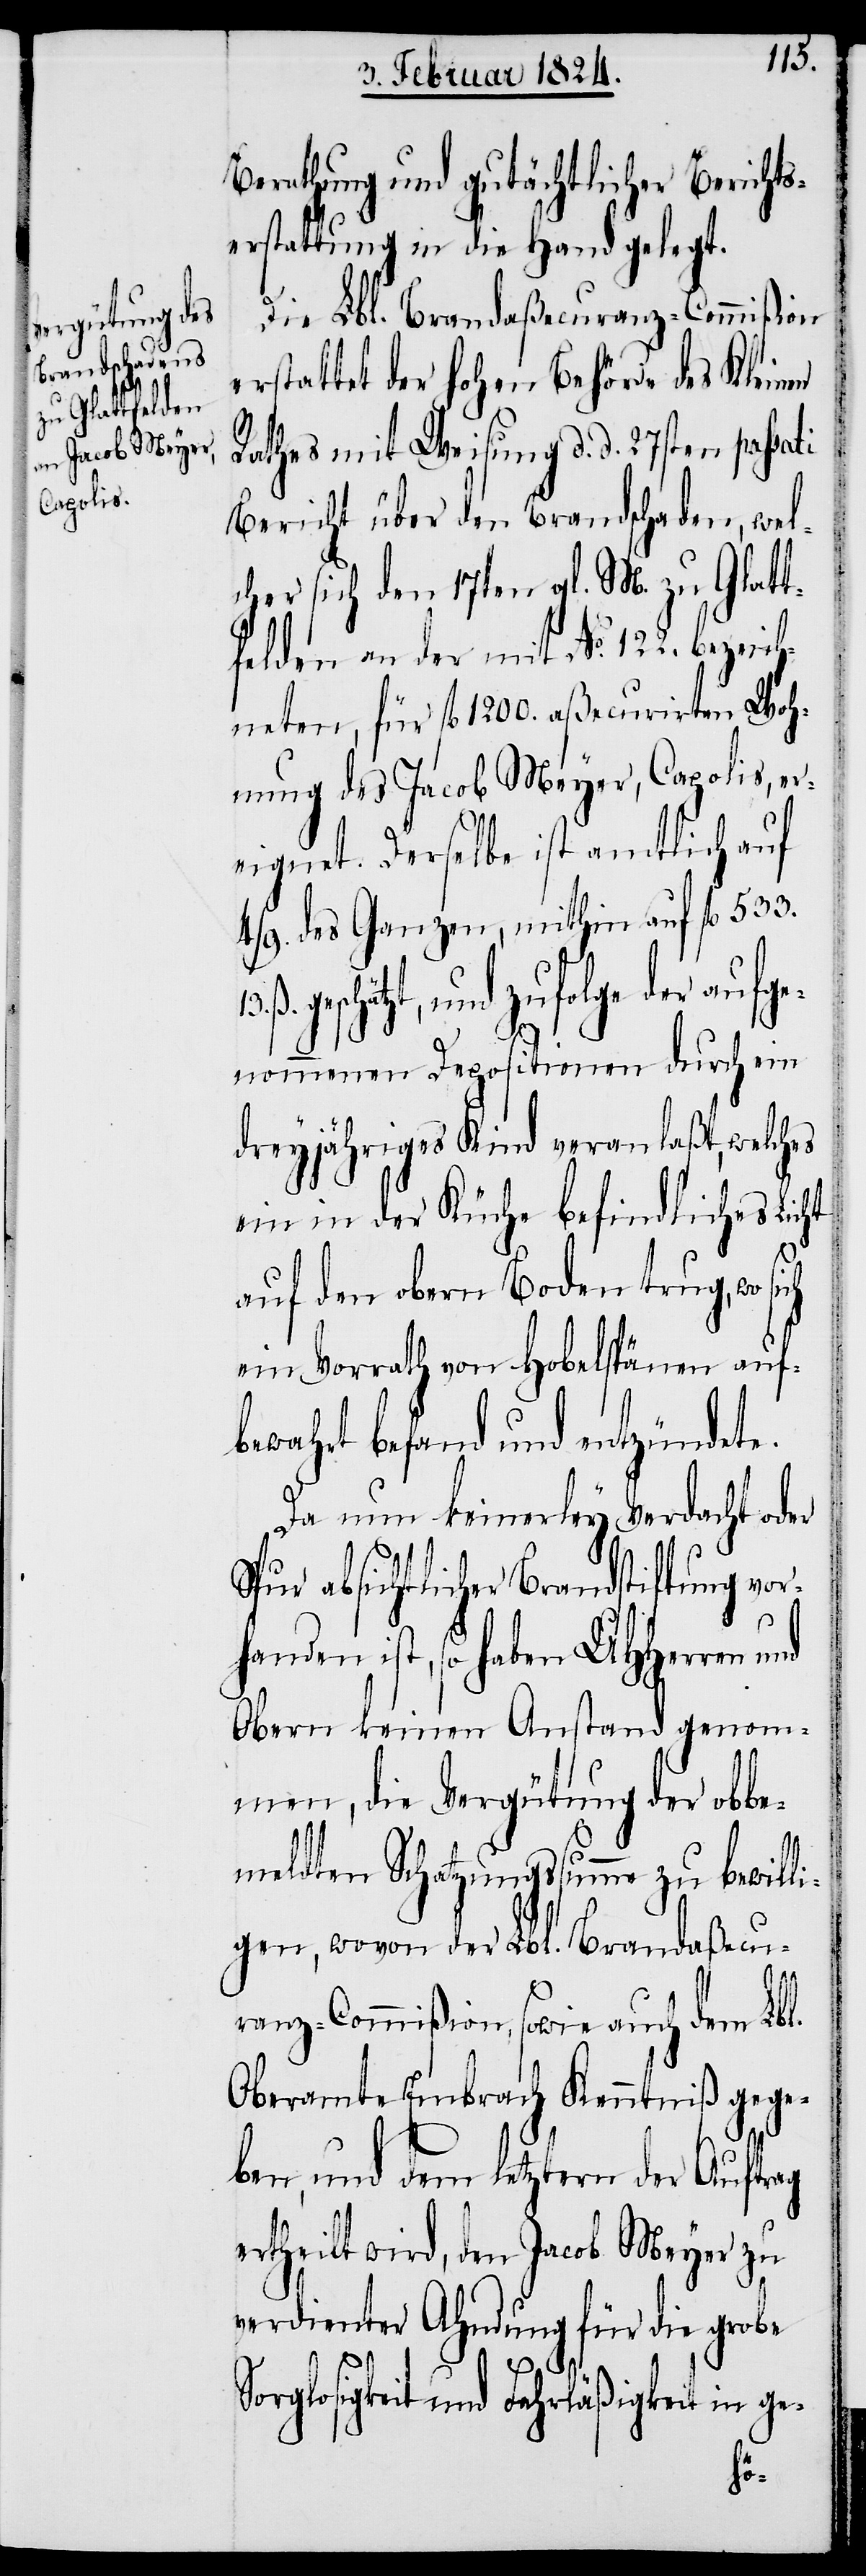
13.
Berathung und gutächtlicher Berichts¬
erstattung in die Hand gelegt.
Die Lbl. Brandaßecuranz-Commißion
erstattet der hohen Behörde des Kleinen
Rathes mit Weisung d. d. 27sten passati
Bericht über den Brandschaden, wel¬
cher sich den 17ten gl. M. zu Glatt¬
felden an der mit No. 122. bezeic¬
hneten, für fl. 1200. aßecurirten Woh¬
nung des Jacob Meyer, Capolis, er¬
eignet. Derselbe ist amtlich auf
4/9. des Ganzen, mithin auf fl. 533.
schätzt, und zufolge der auf¬
nommenen Depositionen durch ein
dreyjähriges Kind veranlaßt, welches
ein in der Küche befindliches Licht
auf den obern Boden trug, wo
ein Vorrath von Hobelspänen auf¬
bewahrt befand und entzündete.
Da nun keinerley Verdacht oder
Spur absichtlicher Brandstiftung vor¬
handen ist, so haben UHHerren
Obern keinen Anstand genom¬
men, die Vergütung der obbe¬
meldten Schatzungssumme zu bewill¬
igen, wovon der Lbl. Brandaßecu¬
ranz-Commißion, sowie auch dem Lbl.
Oberamte Embrach Kenntniß gege¬
ben, und dem letztern der Auftrag
ertheilt wird, den Jacob Meyer zu
verdienter Ahndung für die grobe
Sorglosigkeit und Fahrläßigkeit in ge-
ge¬